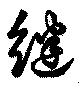
継